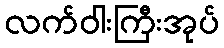
လက်ဝါးကြီးအုပ်